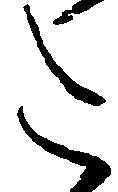
た